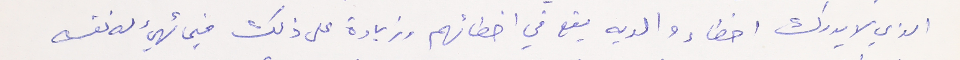
الذي لا يدرك اخطاء والديه يقع في اخطائهم وزيادة على ذلك فيما تهيئ له نفسه